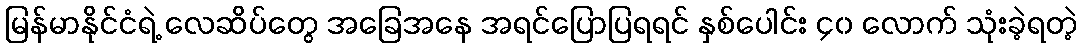
မြန်မာနိုင်ငံရဲ့ လေဆိပ်တွေ အခြေအနေ အရင်ပြောပြရရင် နှစ်ပေါင်း ၄၀ လောက် သုံးခဲ့ရတဲ့